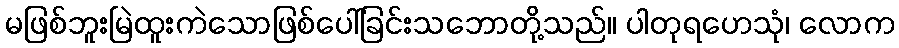
မဖြစ်ဘူးမြဲထူးကဲသောဖြစ်ပေါ်ခြင်းသဘောတို့သည်။ ပါတုရဟေသုံ၊ လောက